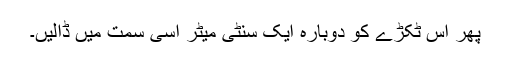
پھر اس ٹکڑے کو دوبارہ ایک سنٹی میٹر اسی سمت میں ڈالیں۔